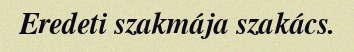
Eredeti szakmája szakács.